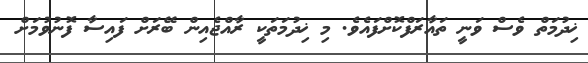
ޚިދުމަތް ވެސް ވަނީ ތައާރަފްކޮށްފައެވެ. މި ޚިދުމަތަކީ ރާއްޖެއިން ބޭރަށް ފައިސާ ފޮނުވުމަށް